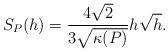
LaTeX: \begin{align*} S_P(h)=\frac{4\sqrt{2}}{3\sqrt{\kappa(P)}}h\sqrt{h}. \end{align*}